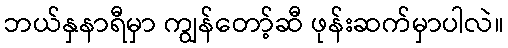
ဘယ်နှနာရီမှာ ကျွန်တော့်ဆီ ဖုန်းဆက်မှာပါလဲ။